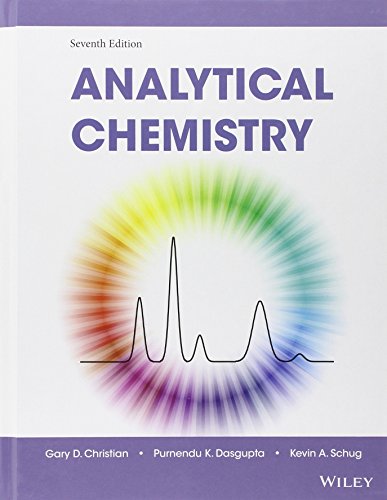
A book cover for Analytical Chemistry; Gary D. Christian; Science & Math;